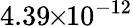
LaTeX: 4.39\! \! \times\! \! 10^{-12}